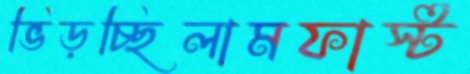
ভিড়চ্ছিলামফার্স্ট